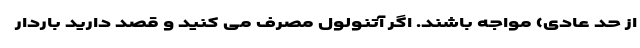
از حد عادی) مواجه باشند. اگر آتنولول مصرف می کنید و قصد دارید باردار